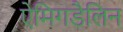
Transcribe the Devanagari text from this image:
ऐमिगडैलिन